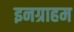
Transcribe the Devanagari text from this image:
इनग्राहम